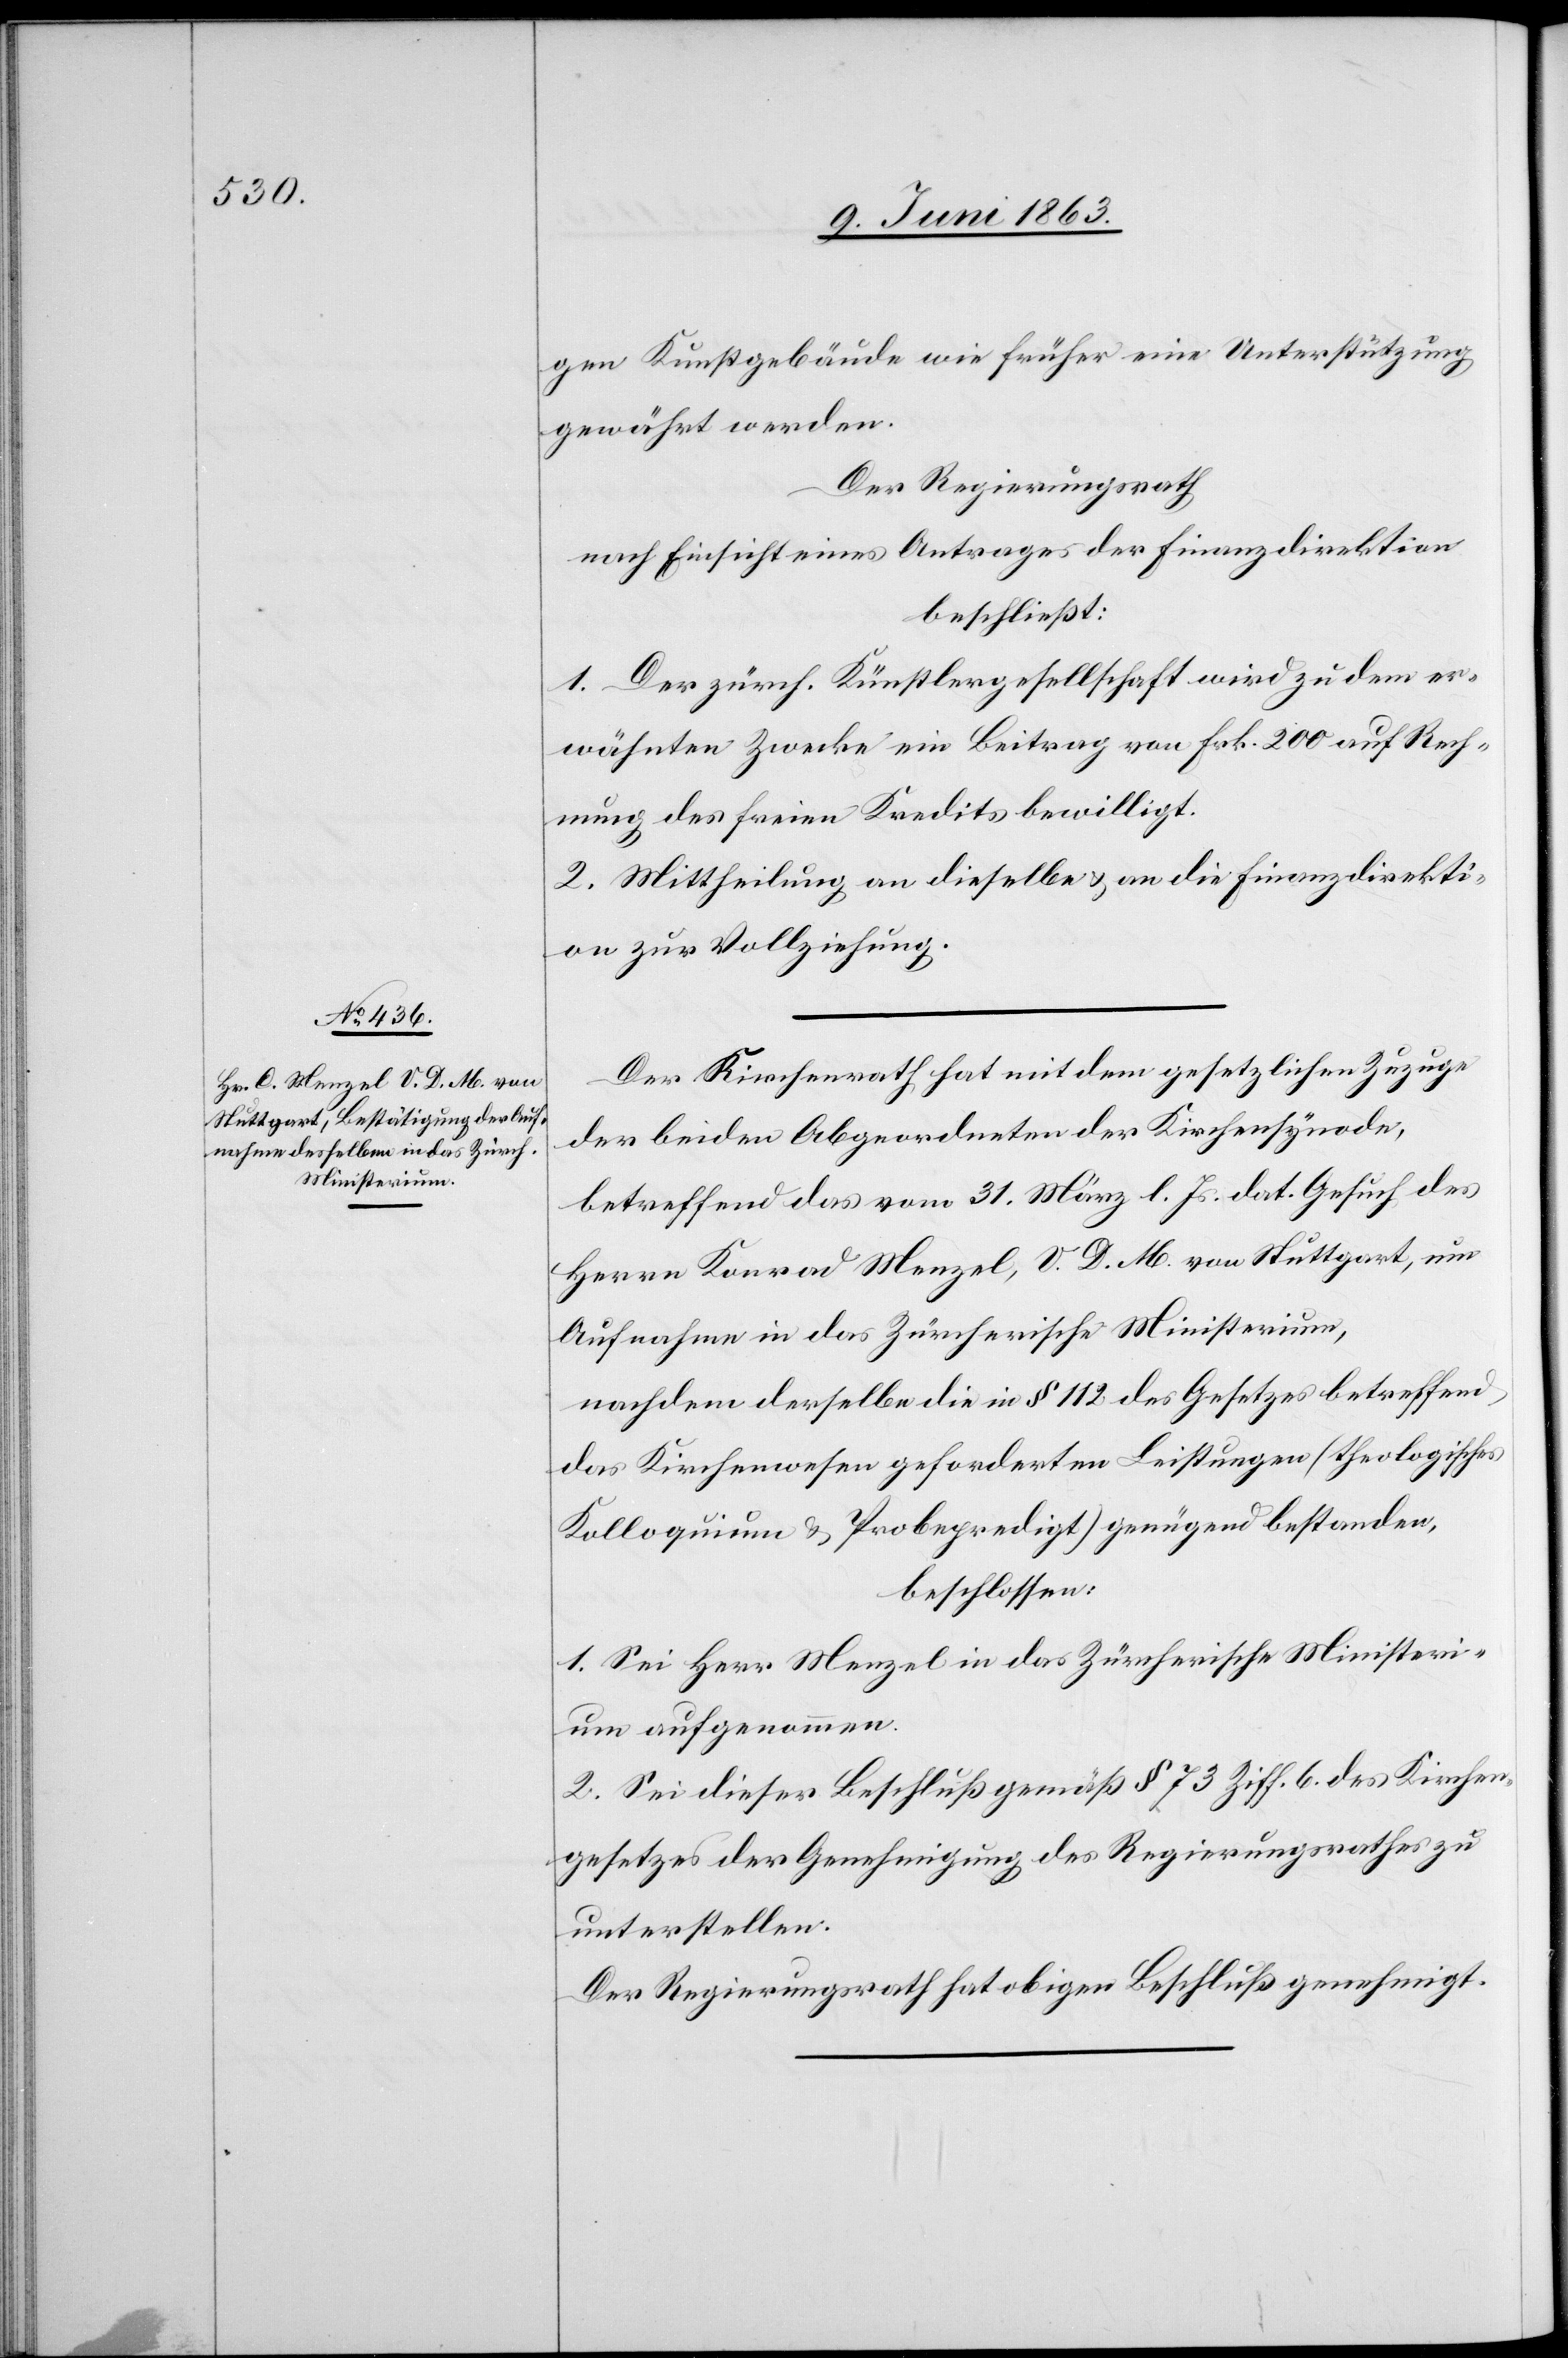
gen Kunstgebäude wie früher eine Unterstützung
gewährt werden.
Der Regierungsrath
nach Einsicht eines Antrages der Finanzdirektion
beschließt:
1. Der zürch. Künstlergesellschaft wird zu dem er¬
wähnten Zwecke ein Beitrag von Frk. 200 auf Rech¬
nung des freien Kredits bewilligt.
2. Mittheilung an dieselbe & an die Finanzdirekti¬
on zur Vollziehung.
Der Kirchenrath hat mit dem gesetzlichen Zuzuge
der beiden Abgeordneten der Kirchensynode,
betreffend das vom 31. März l. Js. dat. Gesuch des
Herrn Konrad Menzel, V. D. M. von Stuttgart, um
Aufnahme in das Zürcherische Ministerium,
nachdem derselbe die in § 112 des Gesetzes betreffend
das Kirchenwesen geforderten Leistungen (theologisches
Kolloquium & Probepredigt) genügend bestanden,
beschlossen:
1. Sei Herrn Menzel in das Zürcherische Ministeri¬
um aufgenommen.
2. Sei dieser Beschluß gemäß § 73 Ziff. 6. des Kirchen¬
gesetzes der Genehmigung des Regierungsrathes zu
unterstellen.
Der Regierungsrath hat obigen Beschluß genehmigt.